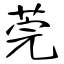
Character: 莞